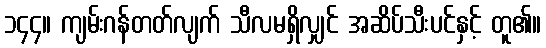
၁၄၄။ ကျမ်းဂန်တတ်လျက် သီလမရှိလျှင် အဆိပ်သီးပင်နှင့် တူ၏။